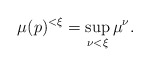
\begin{align*}\mu(p)^{<\xi} = \sup_{\nu<\xi} \mu^\nu.\end{align*}